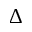
\Delta